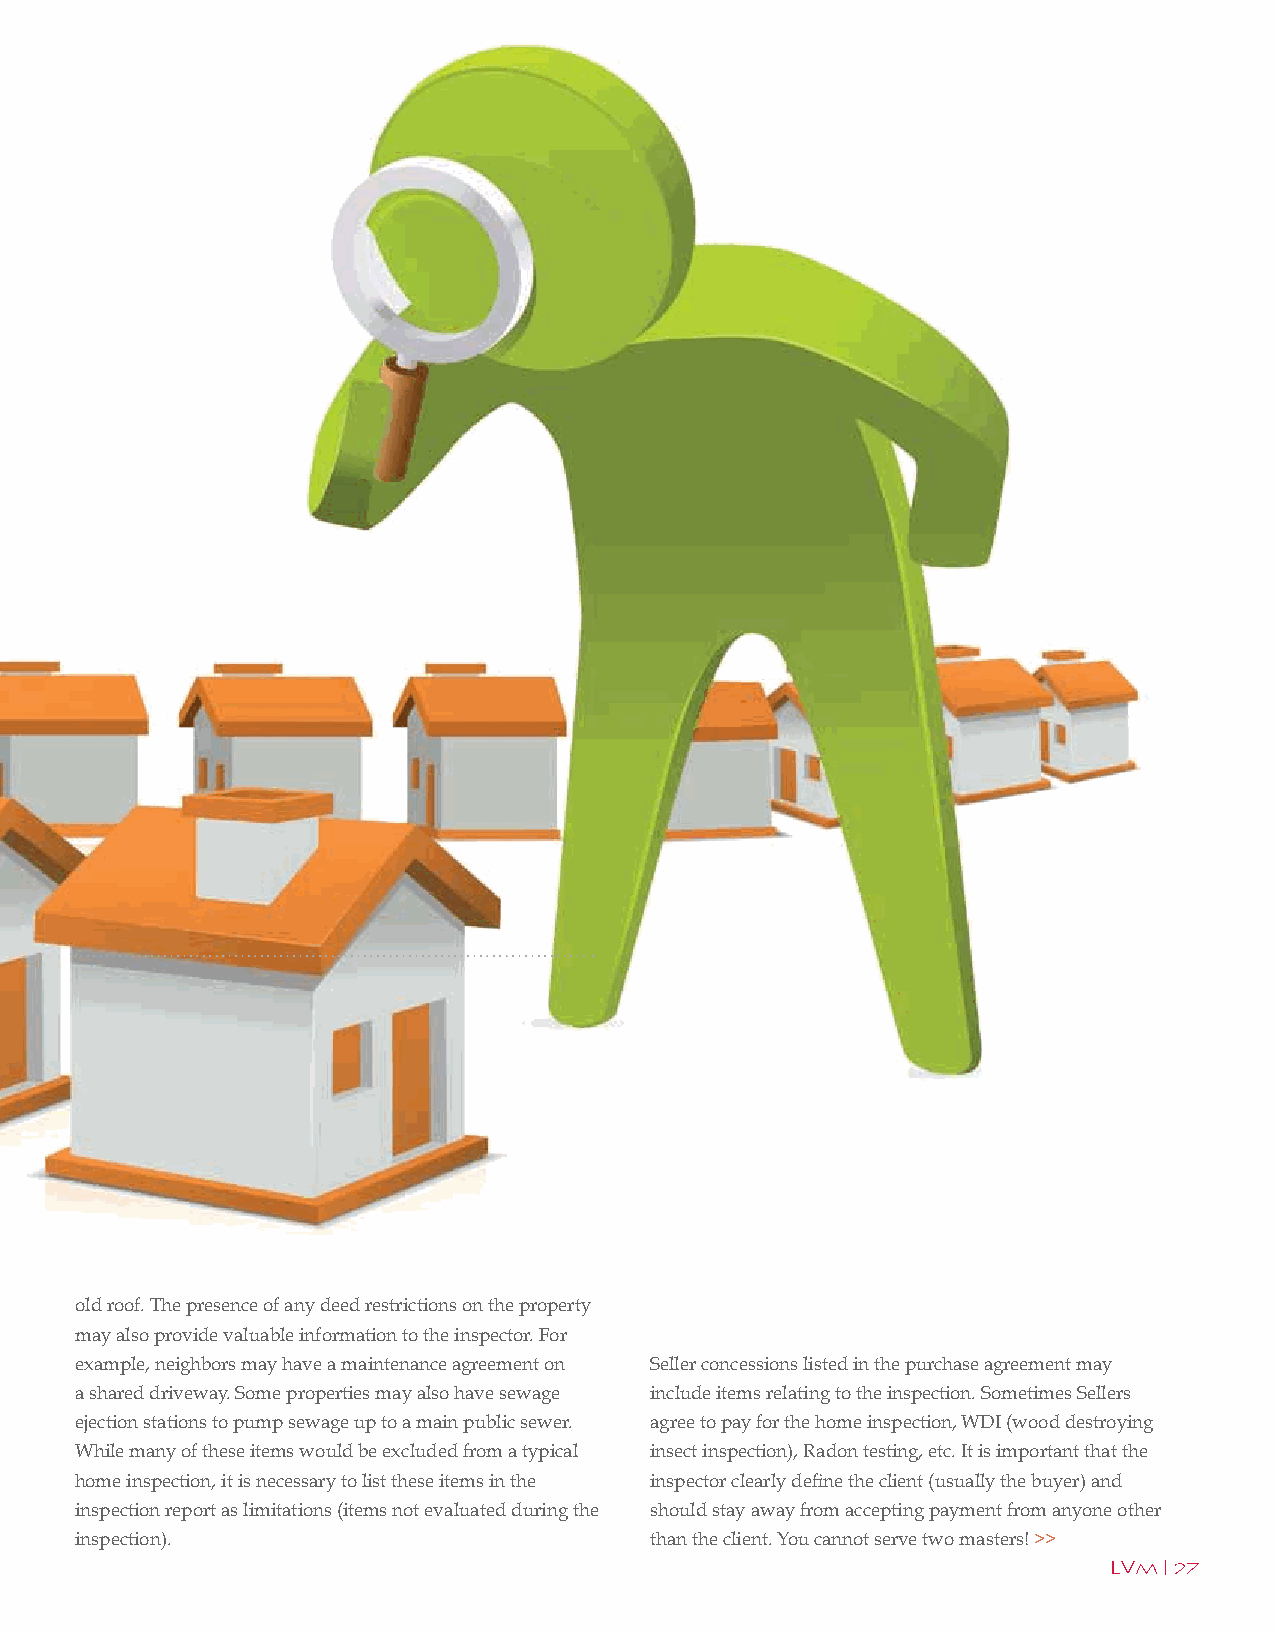
old roof. The presence of any deed restrictions on the property
 may also provide valuable information to the inspector. For
 example, neighbors may have a maintenance agreement on Seller concessions listed in the purchase agreement may
 a shared driveway. Some properties may also have sewage include items relating to the inspection. Sometimes Sellers
 ejection stations to pump sewage up to a main public sewer. agree to pay for the home inspection, WDI (wood destroying
 While many of these items would be excluded from a typical insect inspection), Radon testing, etc. It is important that the
 home inspection, it is necessary to list these items in the inspector clearly define the client (usually the buyer) and
 inspection report as limitations (items not evaluated during the should stay away from accepting payment from anyone other
 inspection).                          than the client. You cannot serve two masters! >>